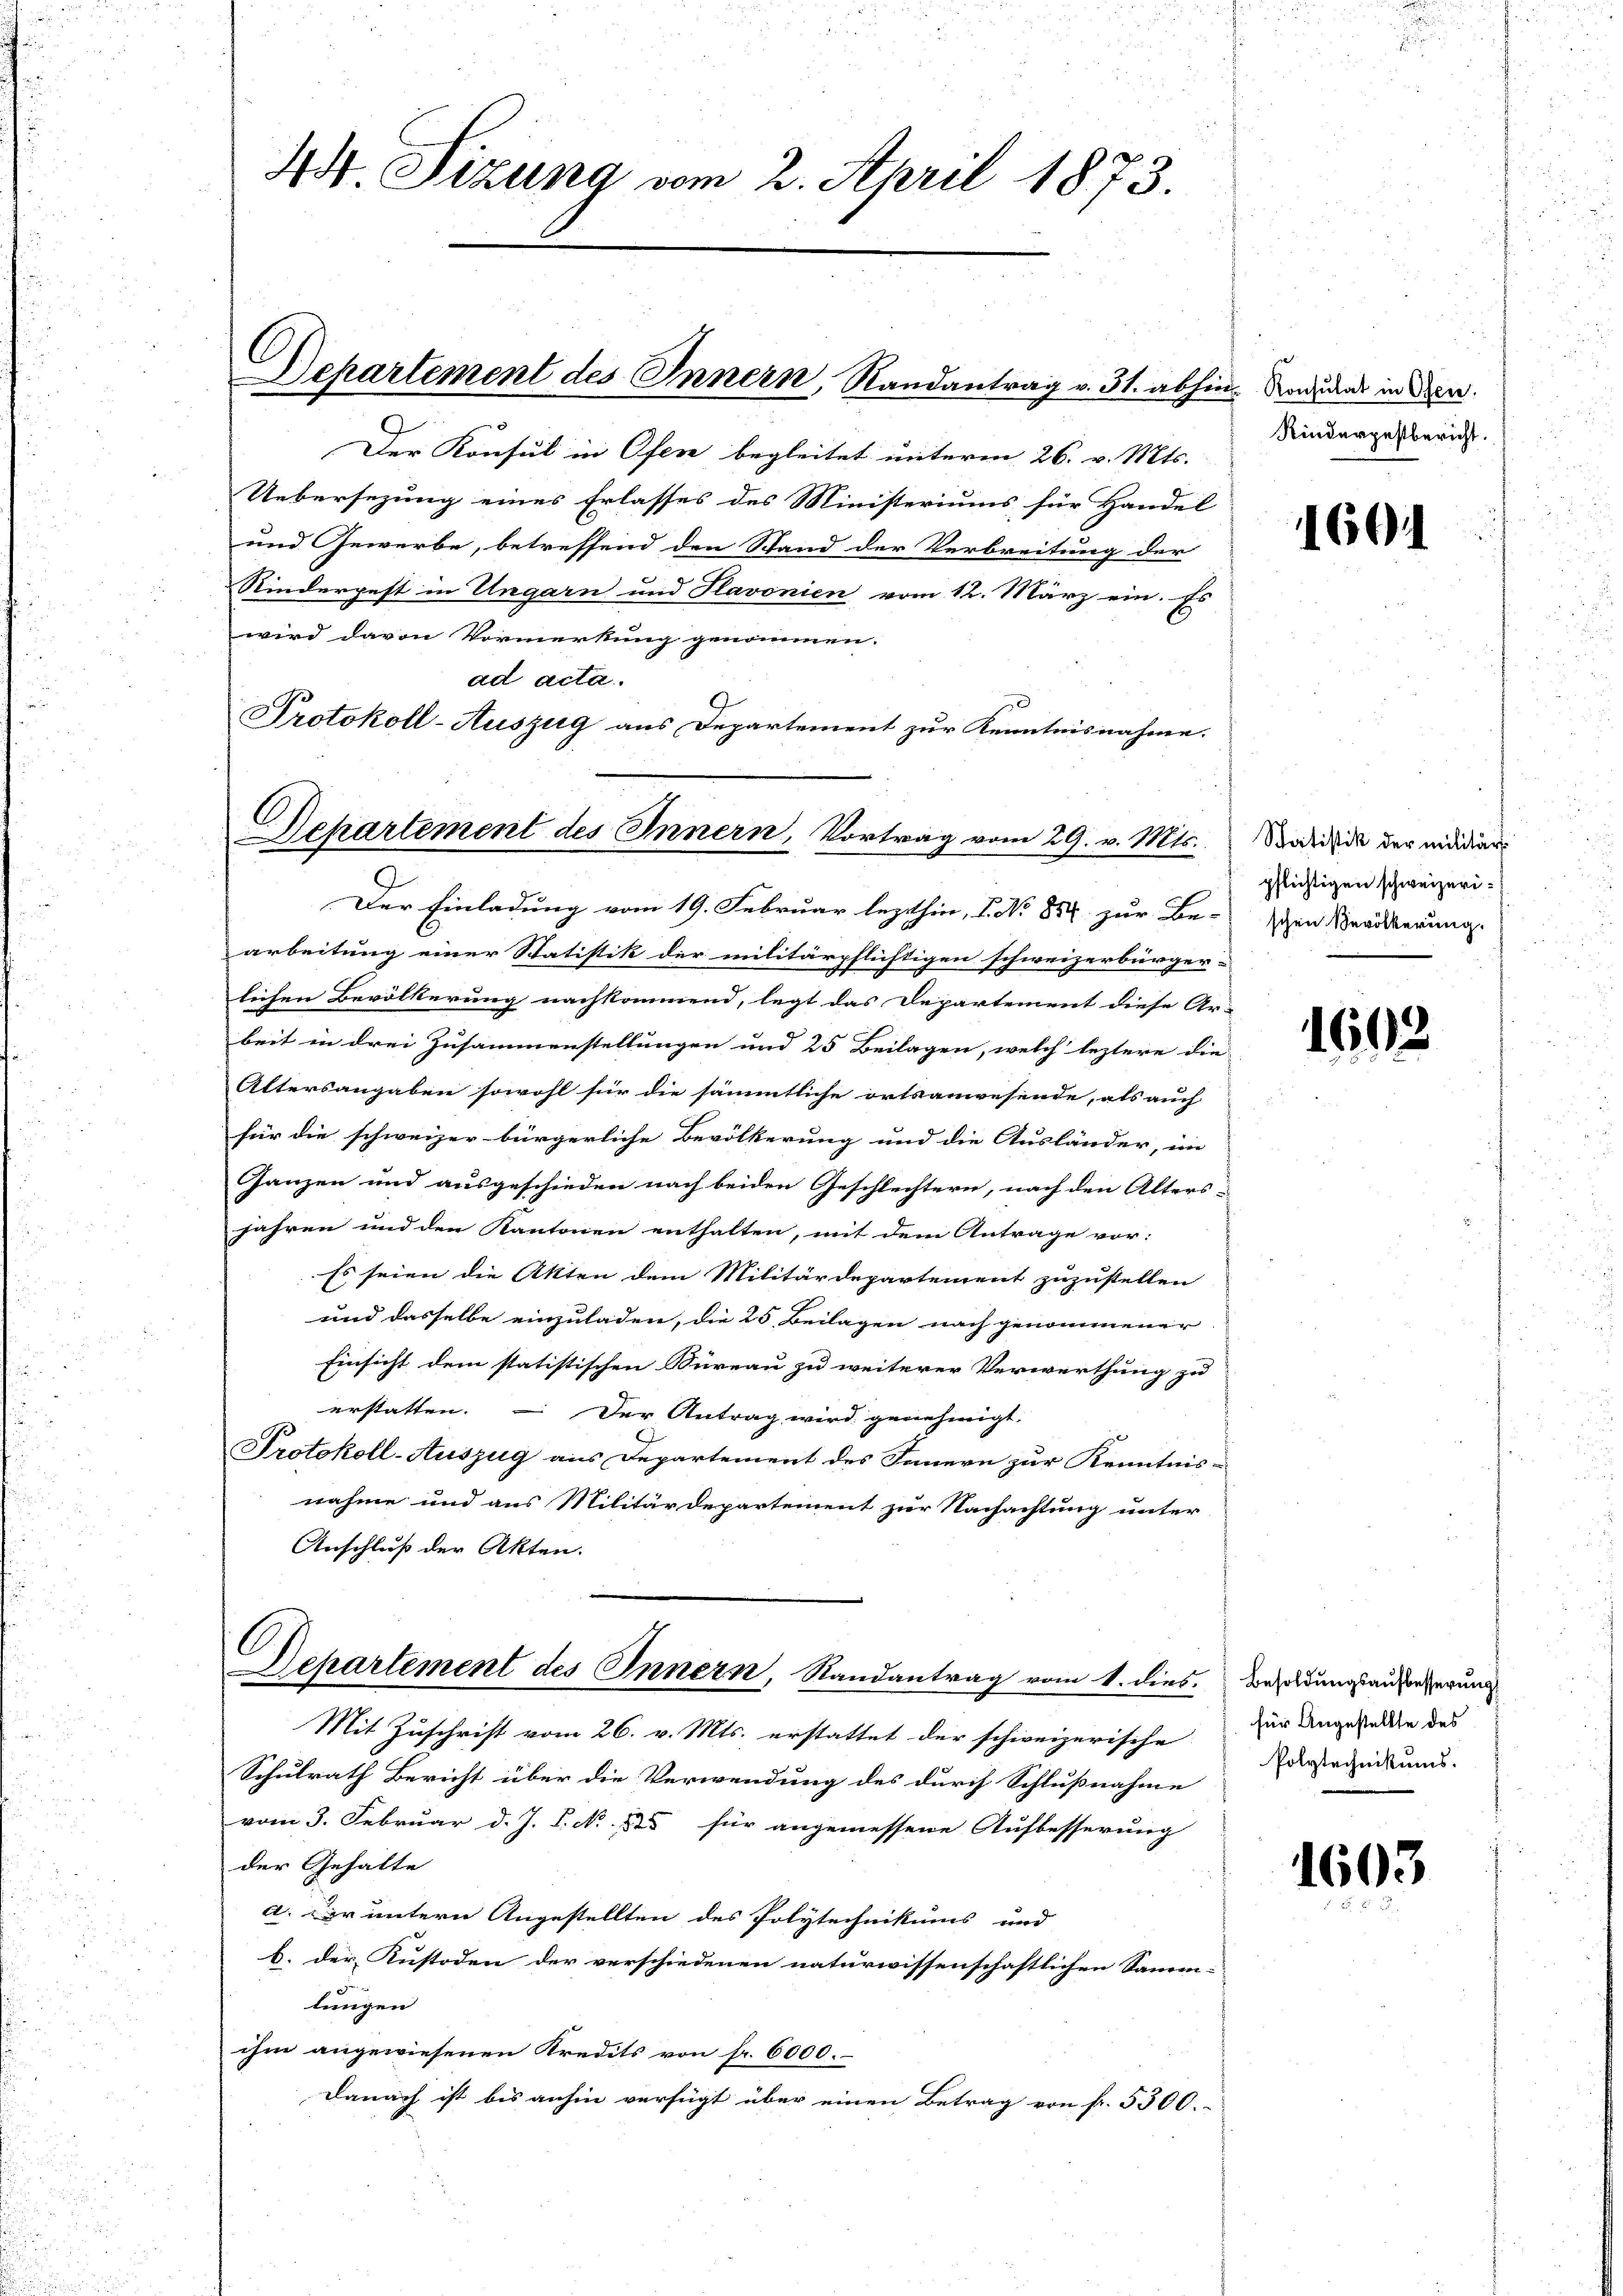
44 Sizung vom 2. April 1873.

Der Konsul in Ofen begleitet unterm 26. v. Mts.
Uebersezung eines Erlasses des Ministeriums für Handel
und Gewerbe, betreffend den Stand der Verbreitung der
Kinderpest in Ungarn und Slavonien vom 12. März ein. Es
wird davon Vormerkung genommen.
ad acta.
9.
Protokoll-Auszug aus Departement zur Kenntnisnahme.

Departement des Innern, Randantrag v. 31. abhin Roduard in den

Sehartement des Innern, Vortrag vom 29. v. Mts.

Der Einladung vom 19. Februar lezthin, I. No 852 zur Be-
arbeitung einer Statistik der militärpflichtigen schweizerbürger-
lichen Bevölkerung nachkommend, legt das Departement diese Ar-
beit in drei Zusammenstellungen und 25 Beilagen, welch leztere die
Altersangaben sowohl für die sämmtliche ortsanwesende, als auch
für die schweizer bürgerliche Bevölkerung und die Ausländer, im
Ganzen und ausgeschieden nach beiden Geschlechtern, nach den Alters-
fahren und den Kantonen enthalten, mit dem Antrage vor:
Es seien die Akten dem Militärdepartement zuzustellen
und dasselbe einzuladen, die 25, Beilagen nach genommener
Einsicht dem statistischen Büreau zu weiterer Verwerthung zu
erstatten. – Der Antrag wird genehmigt.
Protokoll-Auszug aus Departement des Innern zur Kenntnis-
nahme und aus Militärdepartement zur Nachachtung unter
Anschluß der Akten.
C
Departement des Innern, Randantrag vom 1. dies
Mit Zuschrift vom 26. v. Mts. erstattet der schweizerische
Schulrath Bericht über die Verwendung des durch Schlußnahme
vom 3. Februar d. J. J. No 125 für angemessene Aufbesserung
der Gehalte
a. Der untern Angestellten des Polytechnikums und
b. der Kustoden der verschiedenen naturwissenschaftlichen Samm-
lungen
ihm angewiesenen Kredits von fr. 6000.
Danach ist bis anhin verfügt über einen Betrag von fr. 5300.

Rinderpestbericht.

1604

Statistik der militär
pflichtigen schweizerischen Bevölkerung.

1602

Besoldungsaufbesserung
für Angestellte des
Polytechnikums.

1603